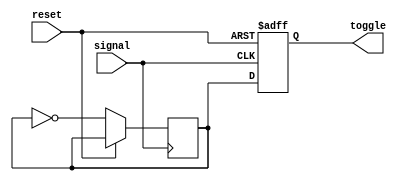
`timescale 1ns / 1ps


module ss_toggle(
    //input clk,
    input signal,
    input reset,
    output reg toggle
    );
        
    //reg [1:0] state = 2'b00;
    //reg [1:0] next_state;    
    reg buffer;
    initial begin
        toggle = 0;
        buffer = 1;
    end
    
    always @(posedge signal or posedge reset) begin
        if (reset)
            toggle <= 0;
        else begin
            toggle <= buffer;
            buffer <= ~buffer;
        end
    end

    
    //combinational logic
    /*
    always@(*) begin
        case (state)
        
            2'b00 : begin
                if(~signal)
                    next_state = 2'b00;
                else
                    next_state = 2'b01;
            end
                
            2'b01 : begin
                toggle = ~toggle;
                next_state = 2'b10;
            end
            
            2'b10: begin
                if(~signal)
                    next_state = 2'b00;
                else
                    next_state = 2'b10;
            end
            
            default : begin
                next_state = 2'b00;
                toggle = 1'b0;
                end
                
        endcase
    end
    
    
    
    //sequential logic
    always @(posedge clk) begin
        state <= next_state;
    end
    */
    
    
    
endmodule